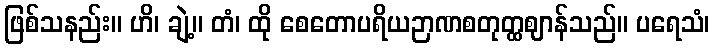
ဖြစ်သနည်း။ ဟိ၊ ချဲ့။ တံ၊ ထို စေတောပရိယဉာဏစတုတ္ထဈာန်သည်။ ပရေသံ၊